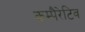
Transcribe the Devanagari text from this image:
कम्पैरेटिव